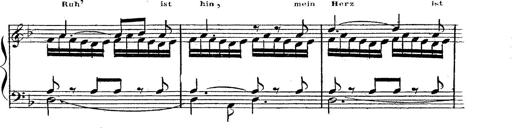
Title: 12 Lieder von Franz Schubert
Composer: Franz Liszt